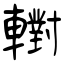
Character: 轛